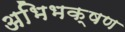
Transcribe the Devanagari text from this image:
अभिभक्षण